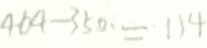
4 6 4 - 3 5 0 \cdot = 1 1 4